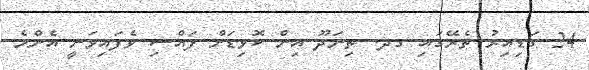
24 ގަޑިއިރު ތެރޭގައި ގދ. ތިނަދޫ އިން ކޮވިޑަށް ފައްސި ވެފައިވަނީ އެންމެ